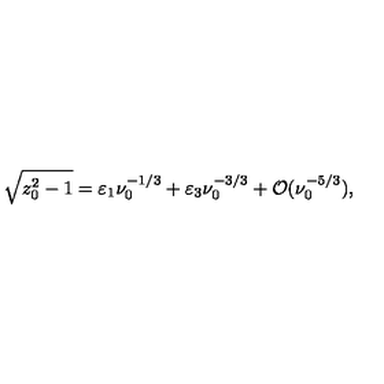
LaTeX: \sqrt { z _ { 0 } ^ { 2 } - 1 } = \varepsilon _ { 1 } \nu _ { 0 } ^ { - 1 / 3 } + \varepsilon _ { 3 } \nu _ { 0 } ^ { - 3 / 3 } + { \cal O } ( \nu _ { 0 } ^ { - 5 / 3 } ) ,